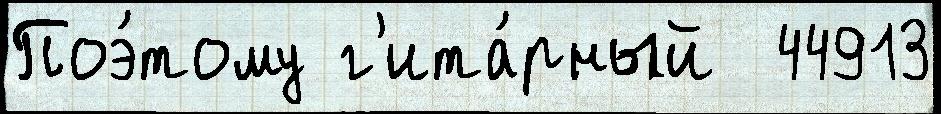
Поэ́тому г'ита́рный  44913